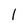
Character: 1